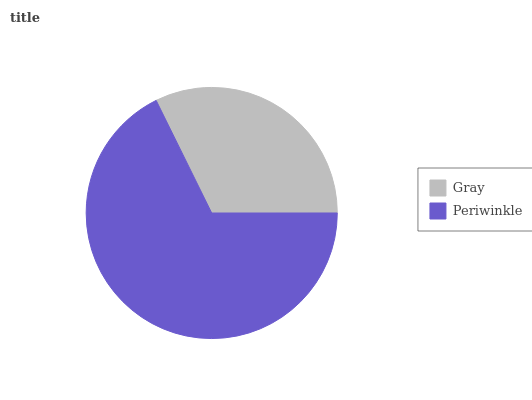
| Gray | Periwinkle |
 | --- | --- |
 | 32.3% | 67.7% |